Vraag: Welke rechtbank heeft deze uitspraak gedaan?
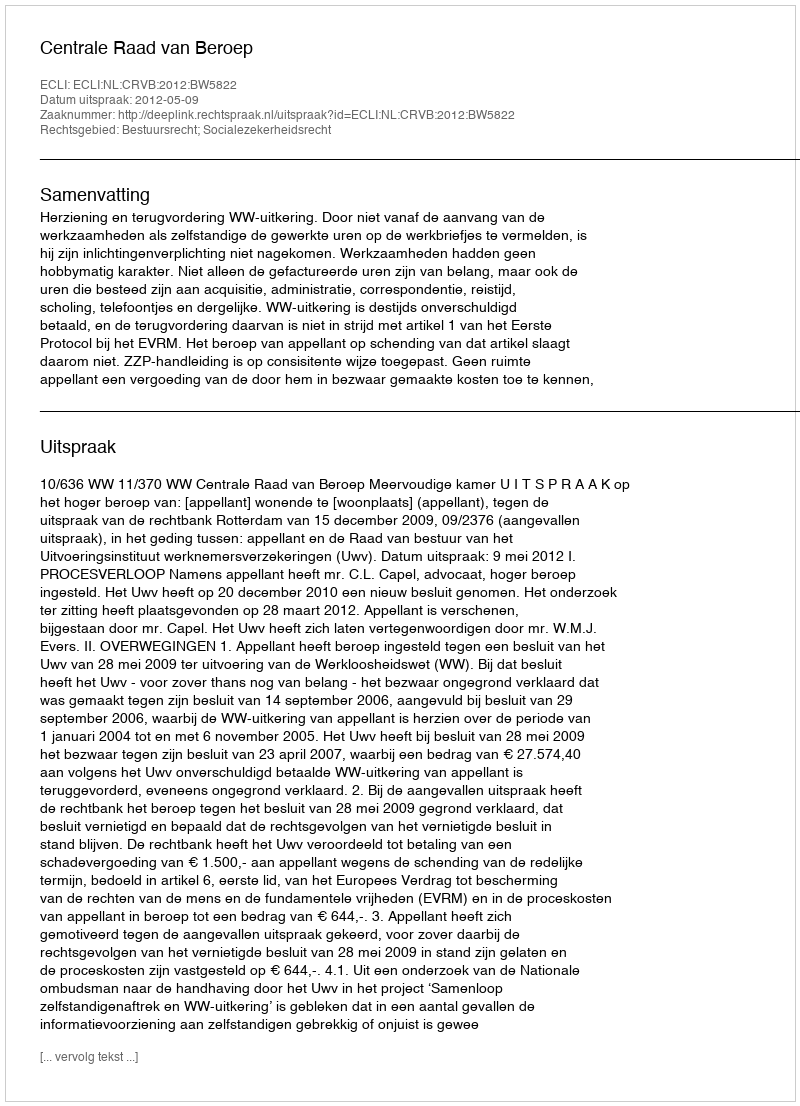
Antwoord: Centrale Raad van Beroep